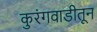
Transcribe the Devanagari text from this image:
कुरंगवाडीतून